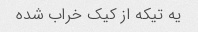
یه تیکه از کیک خراب شده